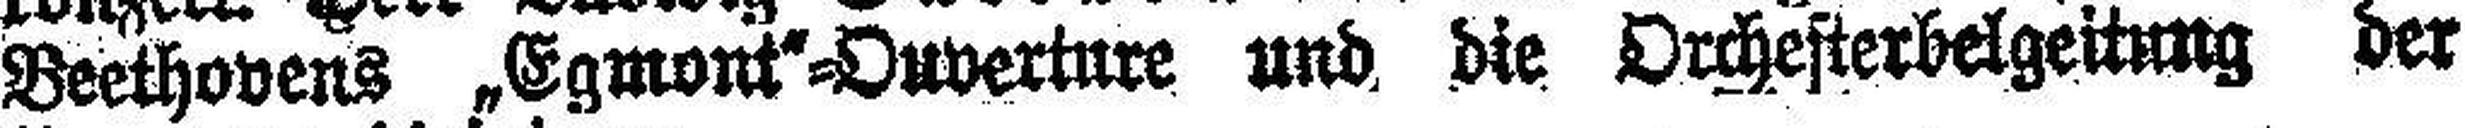
Beethovens „Egmont“=Ouverture und die Orchesterbelgeitung der